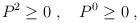
\begin{align*} P^2 \ge 0 \; , \quad P^0 \ge 0 \; ,\end{align*}